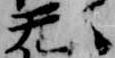
旡